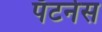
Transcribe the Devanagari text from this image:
पॅटर्नस